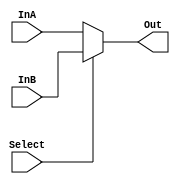
module Wbit_mux_2305001 #(parameter W=4)(InA,InB,Select,Out);
			output [W-1:0] Out;
			input  wire[W-1:0] InA,InB;
			input Select;
			genvar i;
				
				assign Out= Select ? InB: InA;
				
			
endmodule